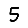
Digit: 5